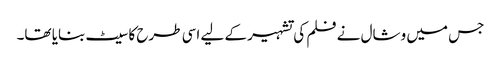
جس میں وشال نے فلم کی تشہیر کے لیے اسی طرح کا سیٹ بنایا تھا۔